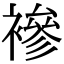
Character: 襂